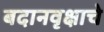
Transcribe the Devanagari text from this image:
बदानवृक्षाचे